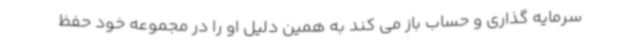
سرمایه گذاری و حساب باز می کند به همین دلیل او را در مجموعه خود حفظ